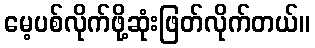
မေ့ပစ်လိုက်ဖို့ဆုံးဖြတ်လိုက်တယ်။